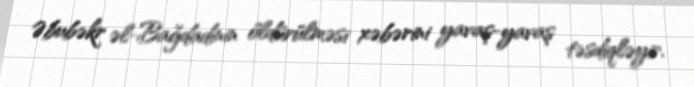
Əbubəkr əl-Bağdadinin öldürülməsi xəbərini yavaş-yavaş təsdiqləyir.